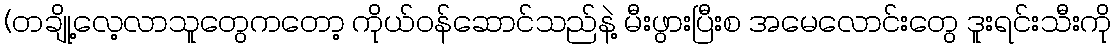
(တချို့လေ့လာသူတွေကတော့ ကိုယ်ဝန်ဆောင်သည်နဲ့ မီးဖွားပြီးစ အမေလောင်းတွေ ဒူးရင်းသီးကို